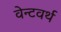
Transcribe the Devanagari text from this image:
वेन्टवर्थ